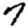
Digit: 7